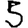
Digit: 5